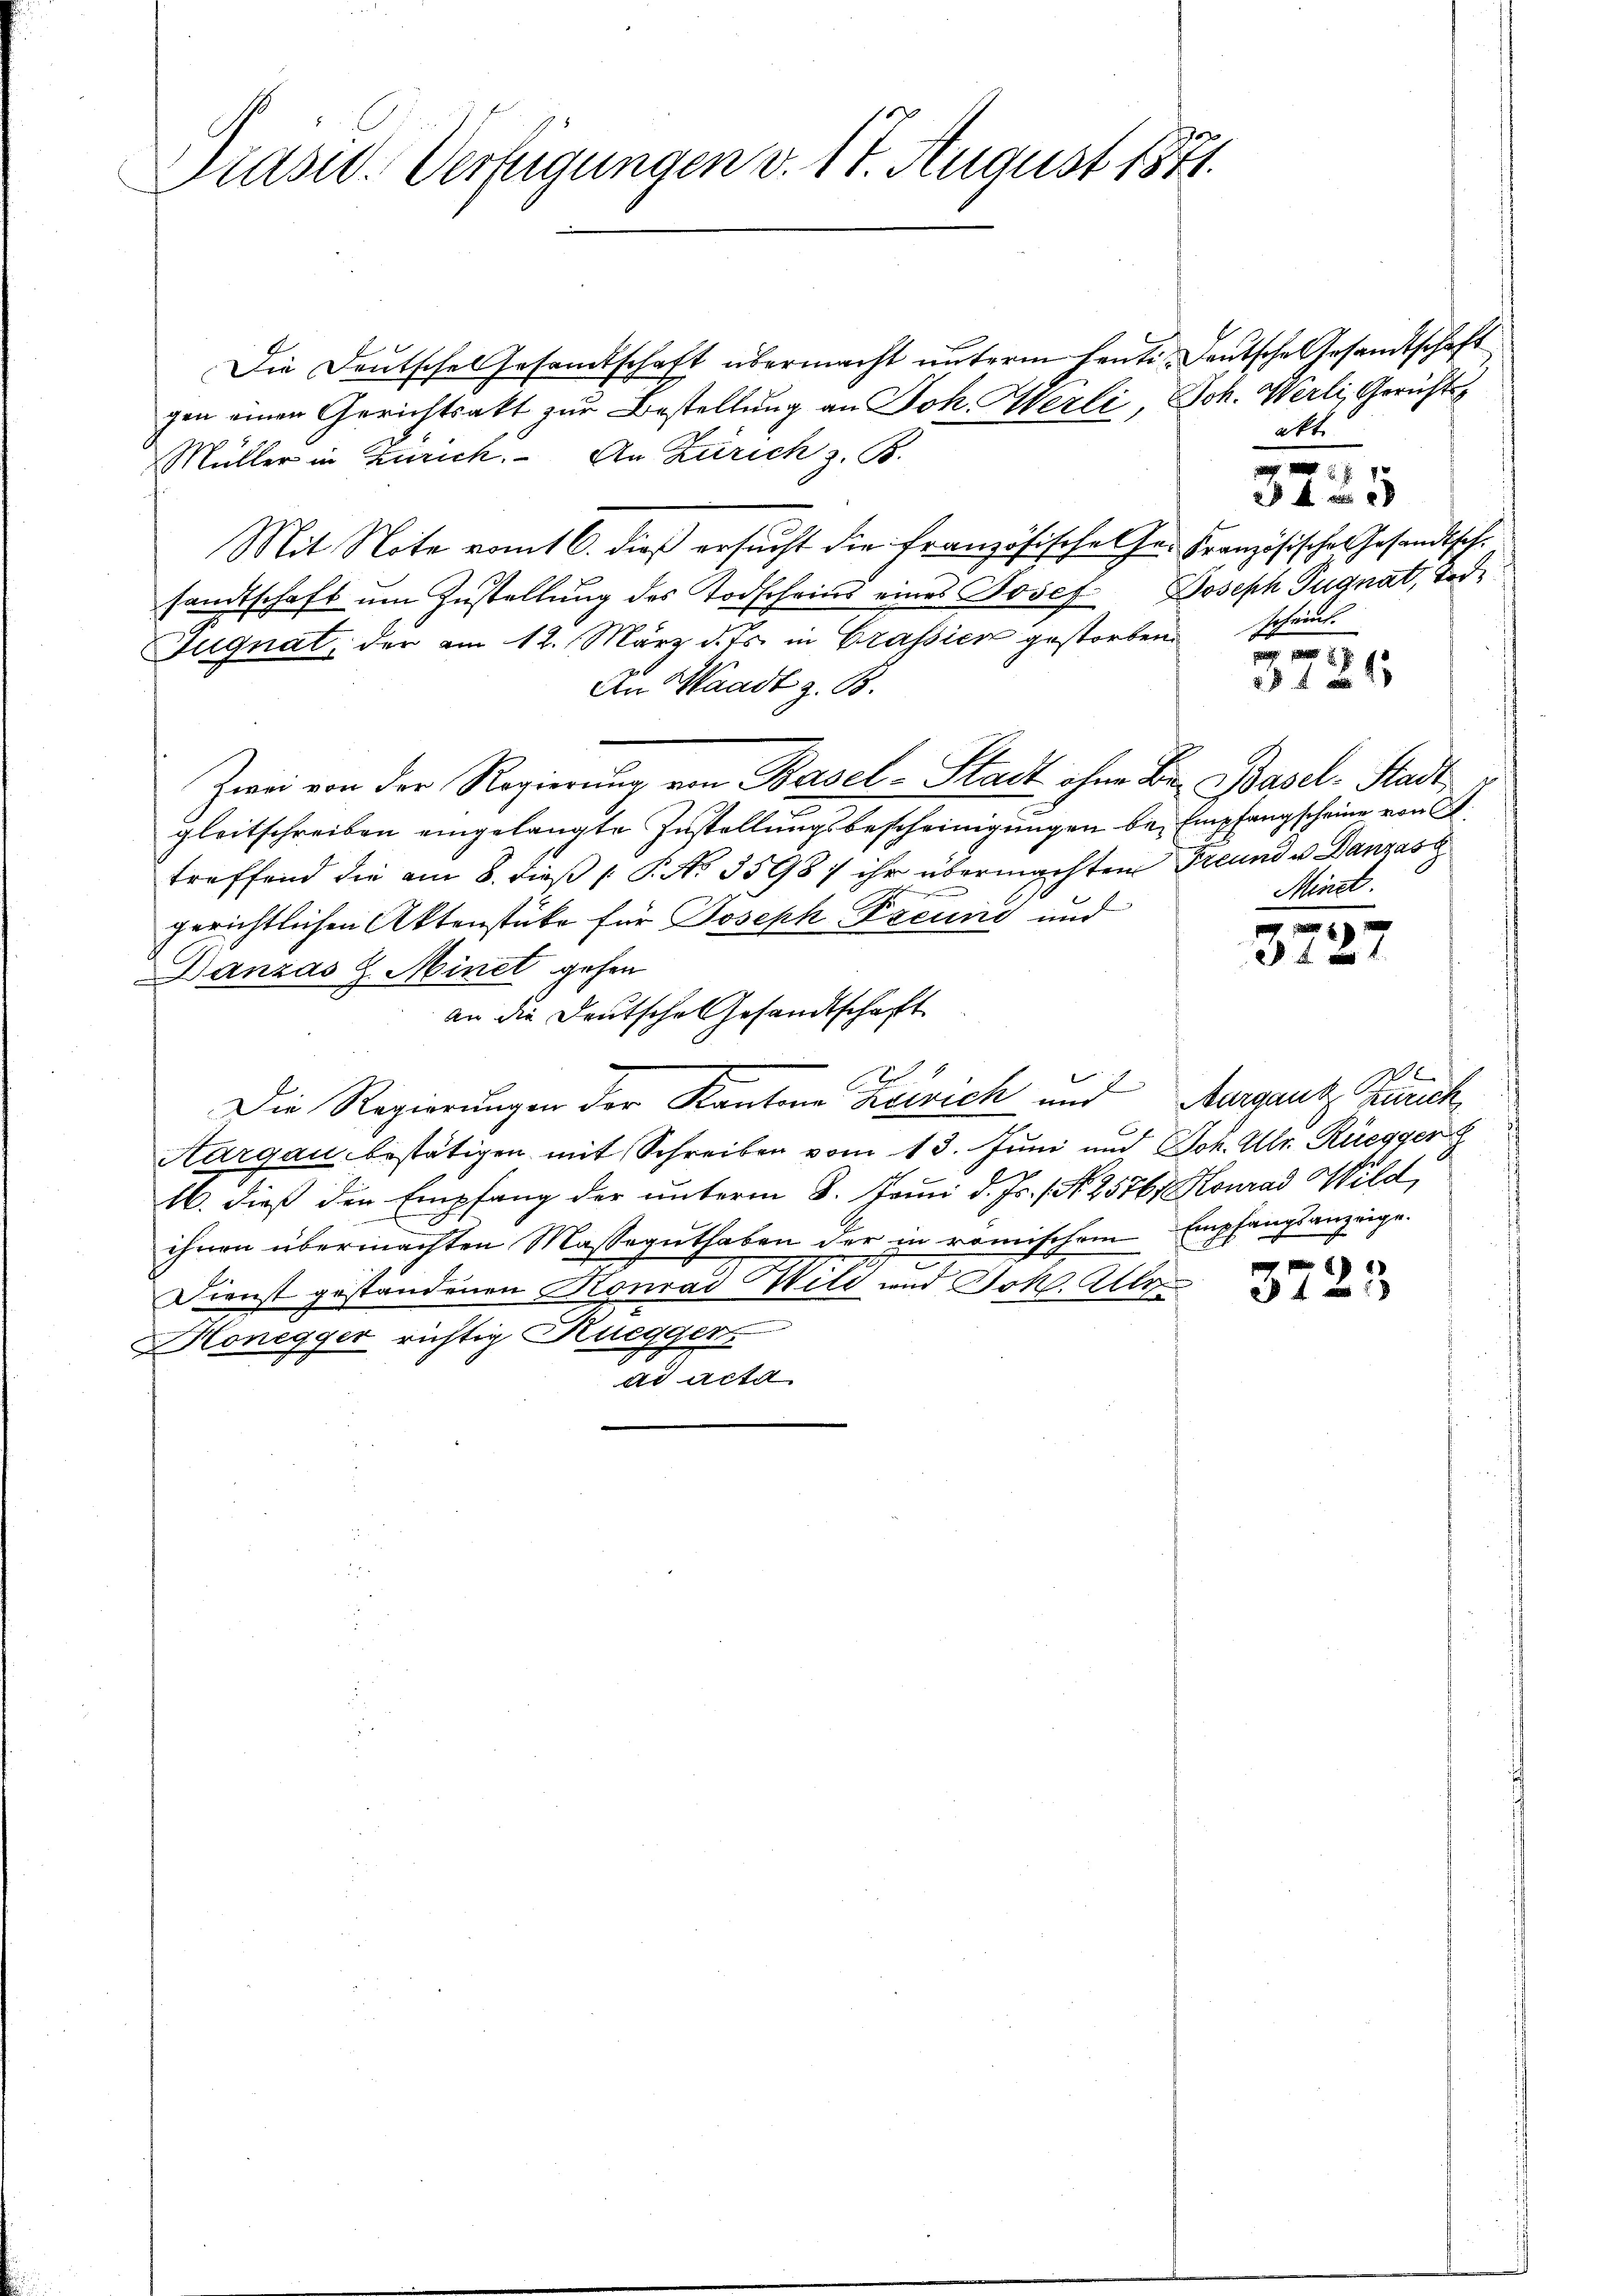
Präsid. Verfügungen v. 14. August 1871.

Die Deutsche Gesamtschaft übermacht unterm heute, Deutsche Gesandtschaft
gen einen Gerichtsakt zur Bestellung an Joh. Merli, Joh. Werli, Gerichts
Müller in Zürich. An Zürich z. B.
Mit Note vom 16. dieß ersucht die französische Ge- Französische Gesandtschsandtschaft um Zustellung des Todscheins eines Josef Joseph Pugnat, Tode
Fugnat, der am 12. März d. Js. in Grassier gestorben scheint
An Waadt z. B.
Zwei von der Regierung von Basel-Stadt ohne Bei Basel-Stadtgleitschreiben eingelangte Zustellungsbescheinigungen bei Empfangscheine von S
treffend die am 8. dieß P. No. 3598) ihr übermachten Freund u Danzász
gerichtlichen Aktenstüke für Joseph Freund und
3727
Danzas L. Minet gehen
an die Deutsche Gesandtschaft
E
Die Regierungen der Kantone Zeich und Aargantz Zürich
Aargau bestätigen mit Schreiben vom 13. Juni und Joh. Ulr. Rüegger
16. dieß den Empfang der unterm 8. Junii d. Js. N. 2576) Konrad Wild,
ihnen übermachten Masseguthaben der in römischen Empfangsanzeige.
39
.
Dienst gestandenen Monrad Wild und Joh. Ulr
3 f 0 x
Honegger richtig Kueggers
ad acta

akt

f 4 x

3 f 24

Minct.